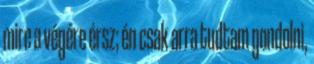
mire a végére érsz; én csak arra tudtam gondolni,